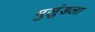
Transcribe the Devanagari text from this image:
मुलुंडला